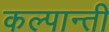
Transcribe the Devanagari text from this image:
कल्पान्ती